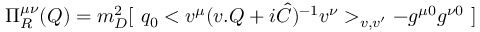
\Pi _ { R } ^ { \mu \nu } ( Q ) = m _ { D } ^ { 2 } [ \ q _ { 0 } < v ^ { \mu } ( v . Q + i \hat { C } ) ^ { - 1 } v ^ { \nu } > _ { v , v ^ { \prime } } - g ^ { \mu 0 } g ^ { \nu 0 } \ ]